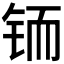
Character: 𲇼